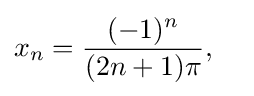
x_{n}={\frac {(-1)^{n}}{(2n+1)\pi }},\quad